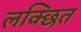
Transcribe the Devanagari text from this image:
लक्छित